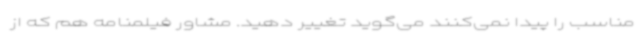
مناسب را پیدا نمی‌کنند می‌گوید تغییر دهید. مشاور فیلمنامه هم که از